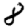
Digit: 8